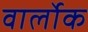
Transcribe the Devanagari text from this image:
वार्लोक